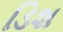
ડિશ